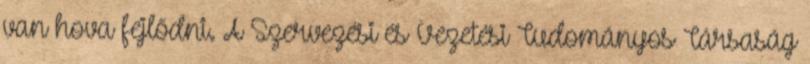
van hova fejlődni. A Szervezési és Vezetési Tudományos Társaság